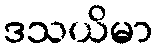
ဒသယိမာ